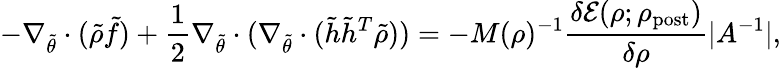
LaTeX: -\nabla_{\tilde{\theta}}\cdot(\tilde{\rho}\tilde{f})+\frac{1}{2}\nabla_{\tilde{\theta}}\cdot(\nabla_{\tilde{\theta}}\cdot(\tilde{h}\tilde{h}^{T}\tilde{\rho}))=-M(\rho)^{-1}\frac{\delta\mathcal{E}(\rho;\rho_{\mathrm{post}})}{\delta\rho}|A^{-1}|,